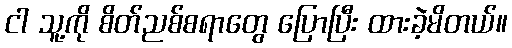
ငါ သူ့ကို စိတ်ညစ်စရာတွေ ပြောပြီး ထားခဲ့မိတယ်။